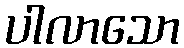
ပါလာသော